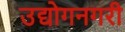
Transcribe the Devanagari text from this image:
उद्योगनगरी